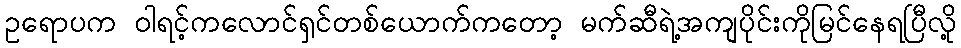
ဥရောပက ဝါရင့်ကလောင်ရှင်တစ်ယောက်ကတော့ မက်ဆီရဲ့အကျပိုင်းကိုမြင်နေရပြီလို့